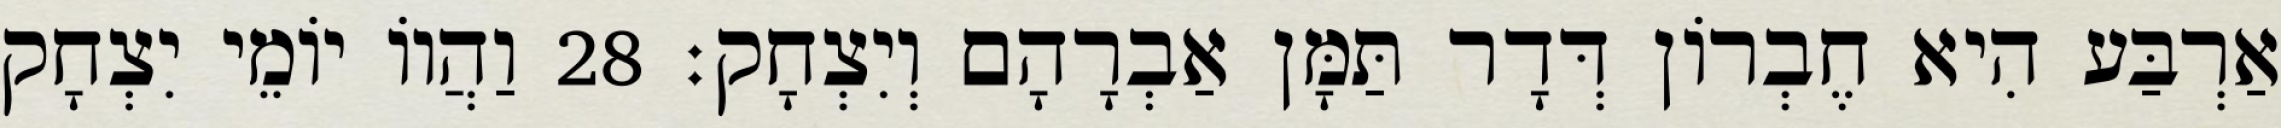
אַרְבַּע הִיא חֶבְרוֹן דְּדָר תַּמָּן אַבְרָהָם וְיִצְחָק׃ 28 וַהֲווֹ יוֹמֵי יִצְחָק